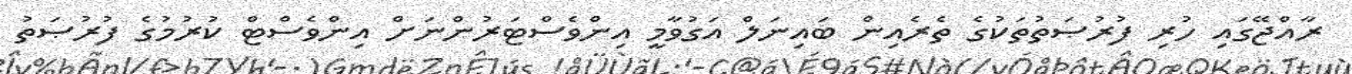
ރާއްޖޭގައި ހުރި ފުރުޞަތުތަކުގެ ތެރެއިން ބައިނަލް އަގުވާމީ އިންވެސްޓަރުންނަށް އިންވެސްޓް ކުރުމުގެ ފުރުޞަތު